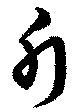
斤